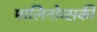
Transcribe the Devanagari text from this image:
मालिनोव्सकी